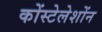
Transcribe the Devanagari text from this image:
कोंस्टेलेशोंन